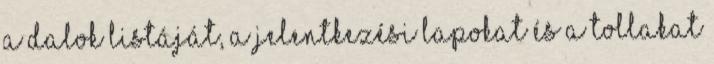
A dalok listáját, a jelentkezési lapokat és a tollakat